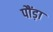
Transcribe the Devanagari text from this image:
पौंड़ा